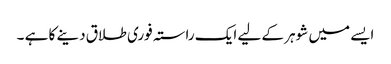
ایسے میں شوہر کے لیے ایک راستہ فوری طلاق دینے کا ہے ۔